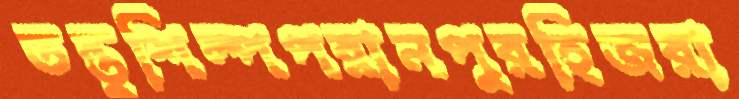
তন্তুশিল্পপরানপুরহিজরা